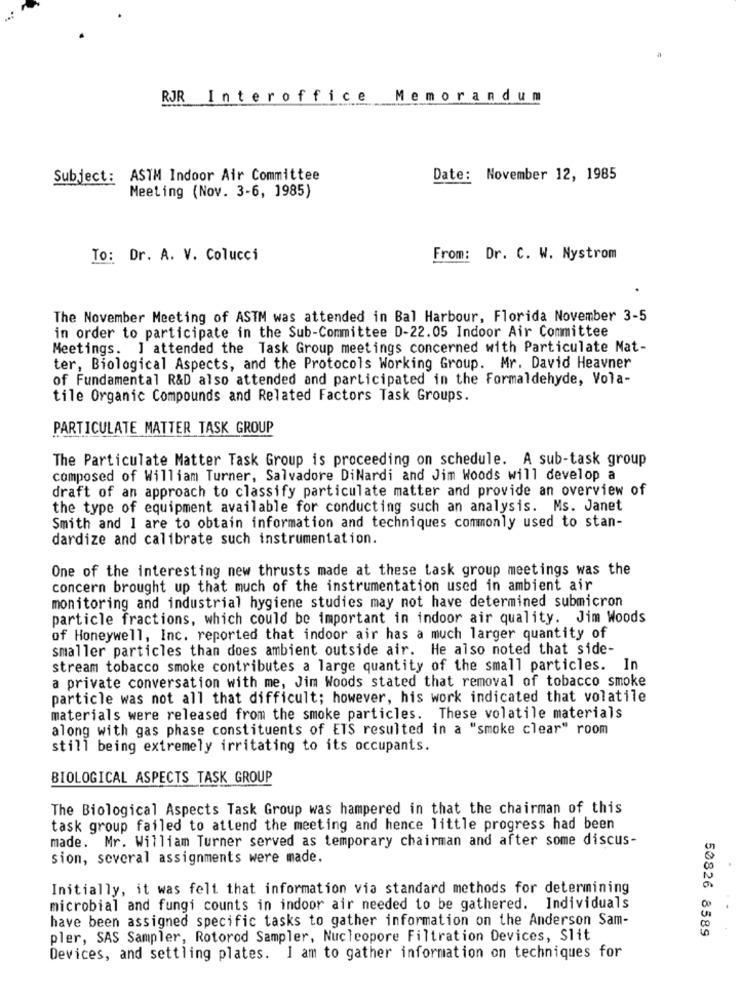
RJR Interoffice Memorandum
Subject: ASTM Indoor Air Committee
Date: November 12, 1985
Meeting (Nov. 3-6, 1985)
To: Dr. A. V. Colucci
From: Dr. C. W. Nystrom
The November Meeting of ASTM was attended in Bal Harbour, Florida November 3-5
in order to participate in the Sub-Committee D-22.05 Indoor Air Committee
Meetings. ] attended the Task Group meetings concerned with Particulate Nat-
ter, Biological Aspects, and the Protocols Working Group. Mr. David Heavner
of Fundamental R&D also attended and participated in the Formaldehyde, Vola-
tile Organic Compounds and Related Factors Task Groups.
PARTICULATE MATTER TASK GROUP
The Particulate Matter Task Group is proceeding on schedule. A sub-task group
composed of William Turner, Salvadore DiNardi and Jim Woods will develop a
draft of an approach to classify particulate matter and provide an overview of
the type of equipment available for conducting such an analysis. Ms. Janet
Smith and I are to obtain information and techniques commonly used to stan-
dardize and calibrate such instrumentation.
One of the interesting new thrusts made at these task group meetings was the
concern brought up that much of the instrumentation used in ambient air
monitoring and industrial hygiene studies may not have determined submicron
particle fractions, which could be important in indoor air quality. Jim Woods
of Honeywell, Inc. reported that indoor air has a much larger quantity of
smaller particles than does ambient outside air. He also noted that side-
stream tobacco smoke contributes a large quantity of the small particles. In
a private conversation with me, Jim Woods stated that removal of tobacco smoke
particle was not all that difficult; however, his work indicated that volatile
materials were released from the smoke particles. These volatile materials
along with gas phase constituents of ETS resulted in a "smoke clear" room
still being extremely irritating to its occupants.
BIOLOGICAL ASPECTS TASK GROUP
The Biological Aspects Task Group was hampered in that the chairman of this
task group failed to attend the meeting and hence little progress had been
made. Mr. William Turner served as temporary chairman and after some discus-
sion, several assignments were made.
Initially, it was felt that information via standard methods for determining
microbial and fungi counts in indoor air needed to be gathered. Individuals
have been assigned specific tasks to gather information on the Anderson Sam-
50826 8589
pler, SAS Sampler, Rotorod Sampler, Nucleopore Filtration Devices, Slit
Devices, and settling plates. I am to gather information on techniques for